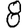
Digit: 8